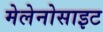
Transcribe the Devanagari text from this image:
मेलेनोसाइट